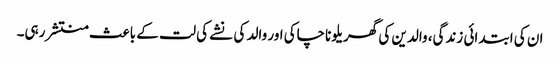
ان کی ابتدائی زندگی، والدین کی گھریلو ناچاکی اور والد کی نشے کی لت کے باعث منتشر رہی۔